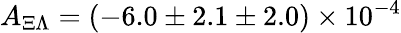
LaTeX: A_{\Xi\Lambda}=(-6.0\pm 2.1\pm 2.0)\times 10^{-4}